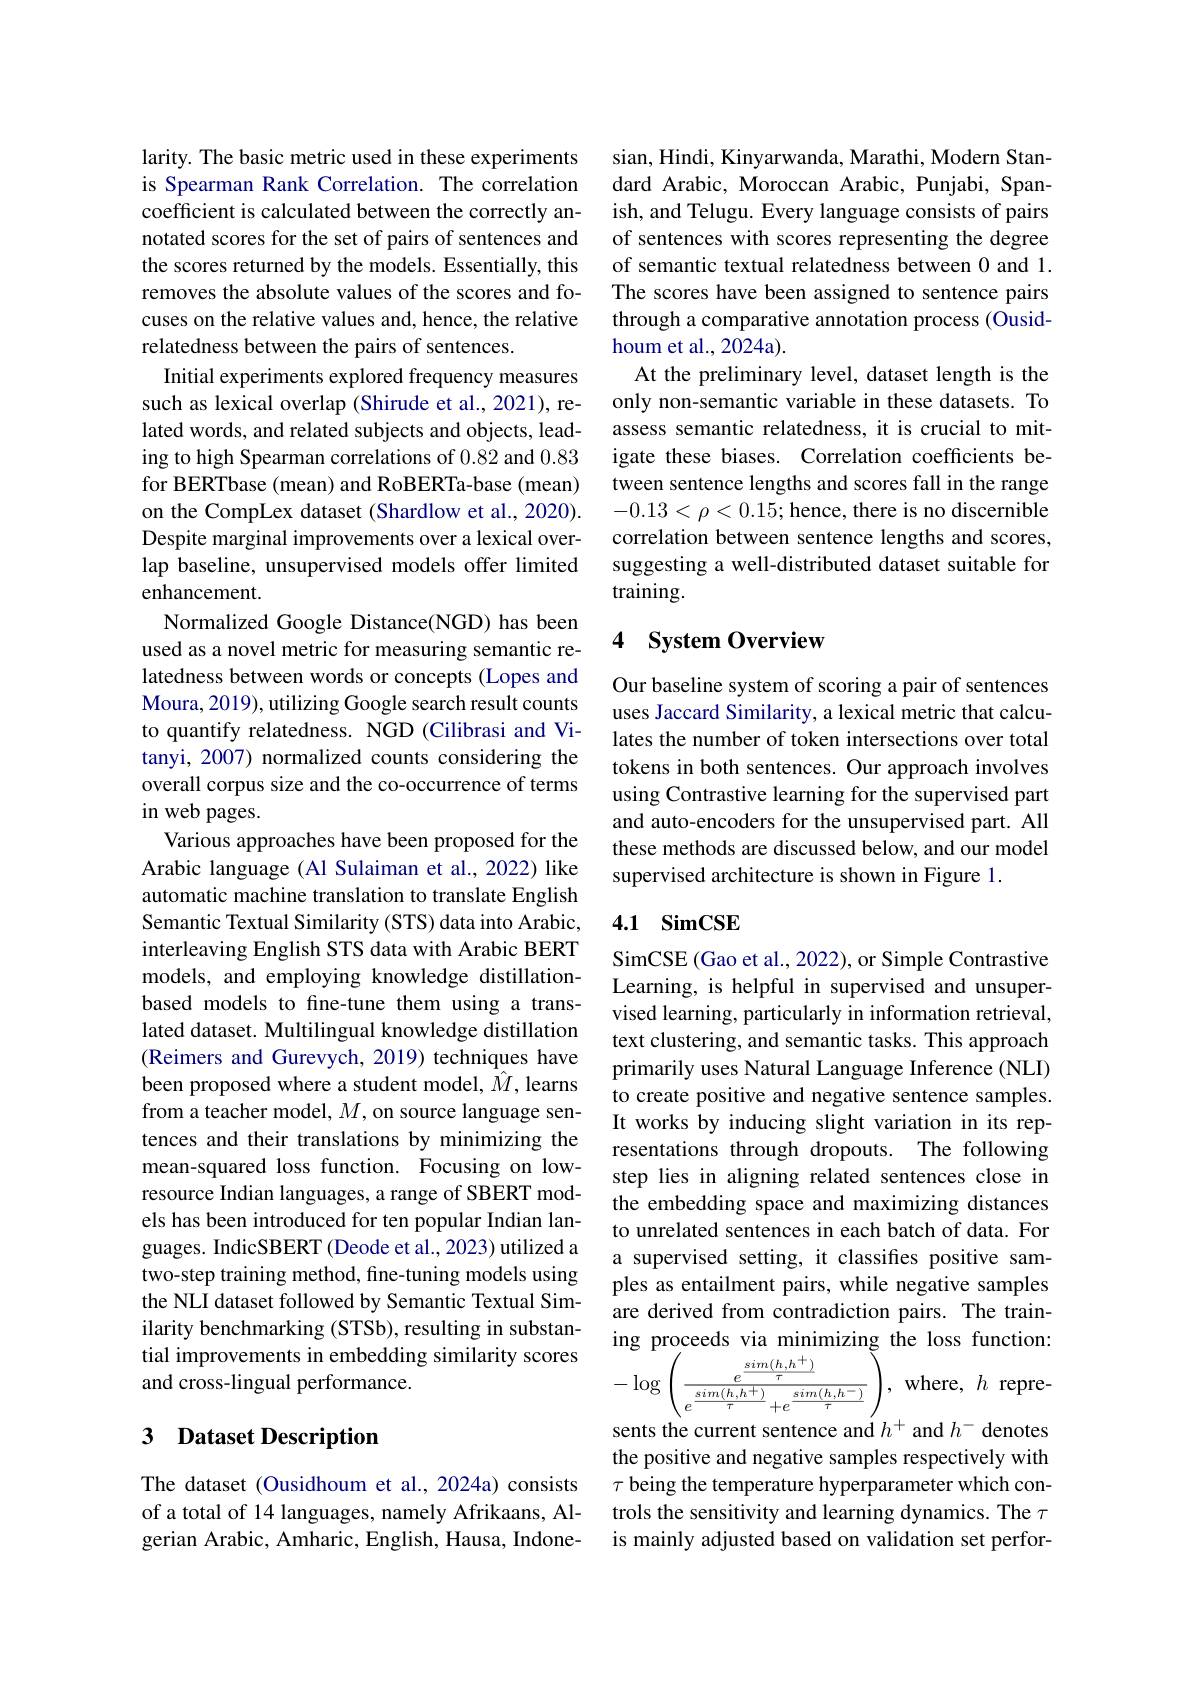
larity. The basic metric used in these experiments is Spearman Rank Correlation. The correlation coefficient is calculated between the correctly annotated scores for the set of pairs of sentences and the scores returned by the models. Essentially, this removes the absolute values of the scores and focuses on the relative values and, hence, the relative relatedness between the pairs of sentences.
Initial experiments explored frequency measures such as lexical overlap (Shirude et al., 2021), related words, and related subjects and objects, leading to high Spearman correlations of 0.82 and 0.83 for BERTbase (mean) and RoBERTa-base (mean) on the CompLex dataset (Shardlow et al., 2020). Despite marginal improvements over a lexical overlap baseline, unsupervised models offer limited enhancement.
Normalized Google Distance(NGD) has been used as a novel metric for measuring semantic relatedness between words or concepts (Lopes and Moura, 2019), utilizing Google search result counts to quantify relatedness. NGD (Cilibrasi and Vitanyi, 2007) normalized counts considering the overall corpus size and the co-occurrence of terms in web pages.
Various approaches have been proposed for the Arabic language (Al Sulaiman et al., 2022) like automatic machine translation to translate English Semantic Textual Similarity (STS) data into Arabic, interleaving English STS data with Arabic BERT models, and employing knowledge distillationbased models to fine-tune them using a translated dataset. Multilingual knowledge distillation (Reimers and Gurevych, 2019) techniques have been proposed where a student model, $\hat{M}$, learns from a teacher model, $M$, on source language sentences and their translations by minimizing the mean-squared loss function. Focusing on lowresource Indian languages, a range of SBERT models has been introduced for ten popular Indian languages. IndicSBERT (Deode et al., 2023) utilized a two-step training method, fine-tuning models using the NLI dataset followed by Semantic Textual Similarity benchmarking (STSb), resulting in substantial improvements in embedding similarity scores and cross-lingual performance.

## 3 Dataset Description

The dataset (Ousidhoum et al., 2024a) consists of a total of 14 languages, namely Afrikaans, Algerian Arabic, Amharic, English, Hausa, Indone-

sian, Hindi, Kinyarwanda, Marathi, Modern Standard Arabic, Moroccan Arabic, Punjabi, Spanish, and Telugu. Every language consists of pairs of sentences with scores representing the degree of semantic textual relatedness between 0 and 1. The scores have been assigned to sentence pairs through a comparative annotation process (Ousidhoum et al., 2024a).
At the preliminary level, dataset length is the only non-semantic variable in these datasets. To assess semantic relatedness, it is crucial to mitigate these biases. Correlation coefficients between sentence lengths and scores fall in the range $-0.13<\rho<0.15;$hence,there is no discernible correlation between sentence lengths and scores, suggesting a well-distributed dataset suitable for training.

# 4 System Overview

Our baseline system of scoring a pair of sentences uses Jaccard Similarity, a lexical metric that calculates the number of token intersections over total tokens in both sentences. Our approach involves using Contrastive learning for the supervised part and auto-encoders for the unsupervised part. All these methods are discussed below, and our model supervised architecture is shown in Figure 1.

### 4.1 SimCSE

SimCSE (Gao et al., 2022), or Simple Contrastive Learning, is helpful in supervised and unsupervised learning, particularly in information retrieval, text clustering, and semantic tasks. This approach primarily uses Natural Language Inference (NLI) to create positive and negative sentence samples. It works by inducing slight variation in its representations through dropouts. The following step lies in aligning related sentences close in the embedding space and maximizing distances to unrelated sentences in each batch of data. For a supervised setting, it classifies positive samples as entailment pairs, while negative samples are derived from contradiction pairs. The training proceeds via minimizing the loss function: $-\log\left(\frac{e^{\frac{sim(h,h^{+})}{\tau}}}{e^{\frac{sim(h,h^{+})}{\tau}}+e^{\frac{sim(h,h^{-})}{\tau}}}\right)$,where,$h$represents the current sentence and $h^+$ and $h^-$ denotes the positive and negative samples respectively with $\tau$ being the temperature hyperparameter which controls the sensitivity and learning dynamics. The $\tau$ is mainly adjusted based on validation set perfor-